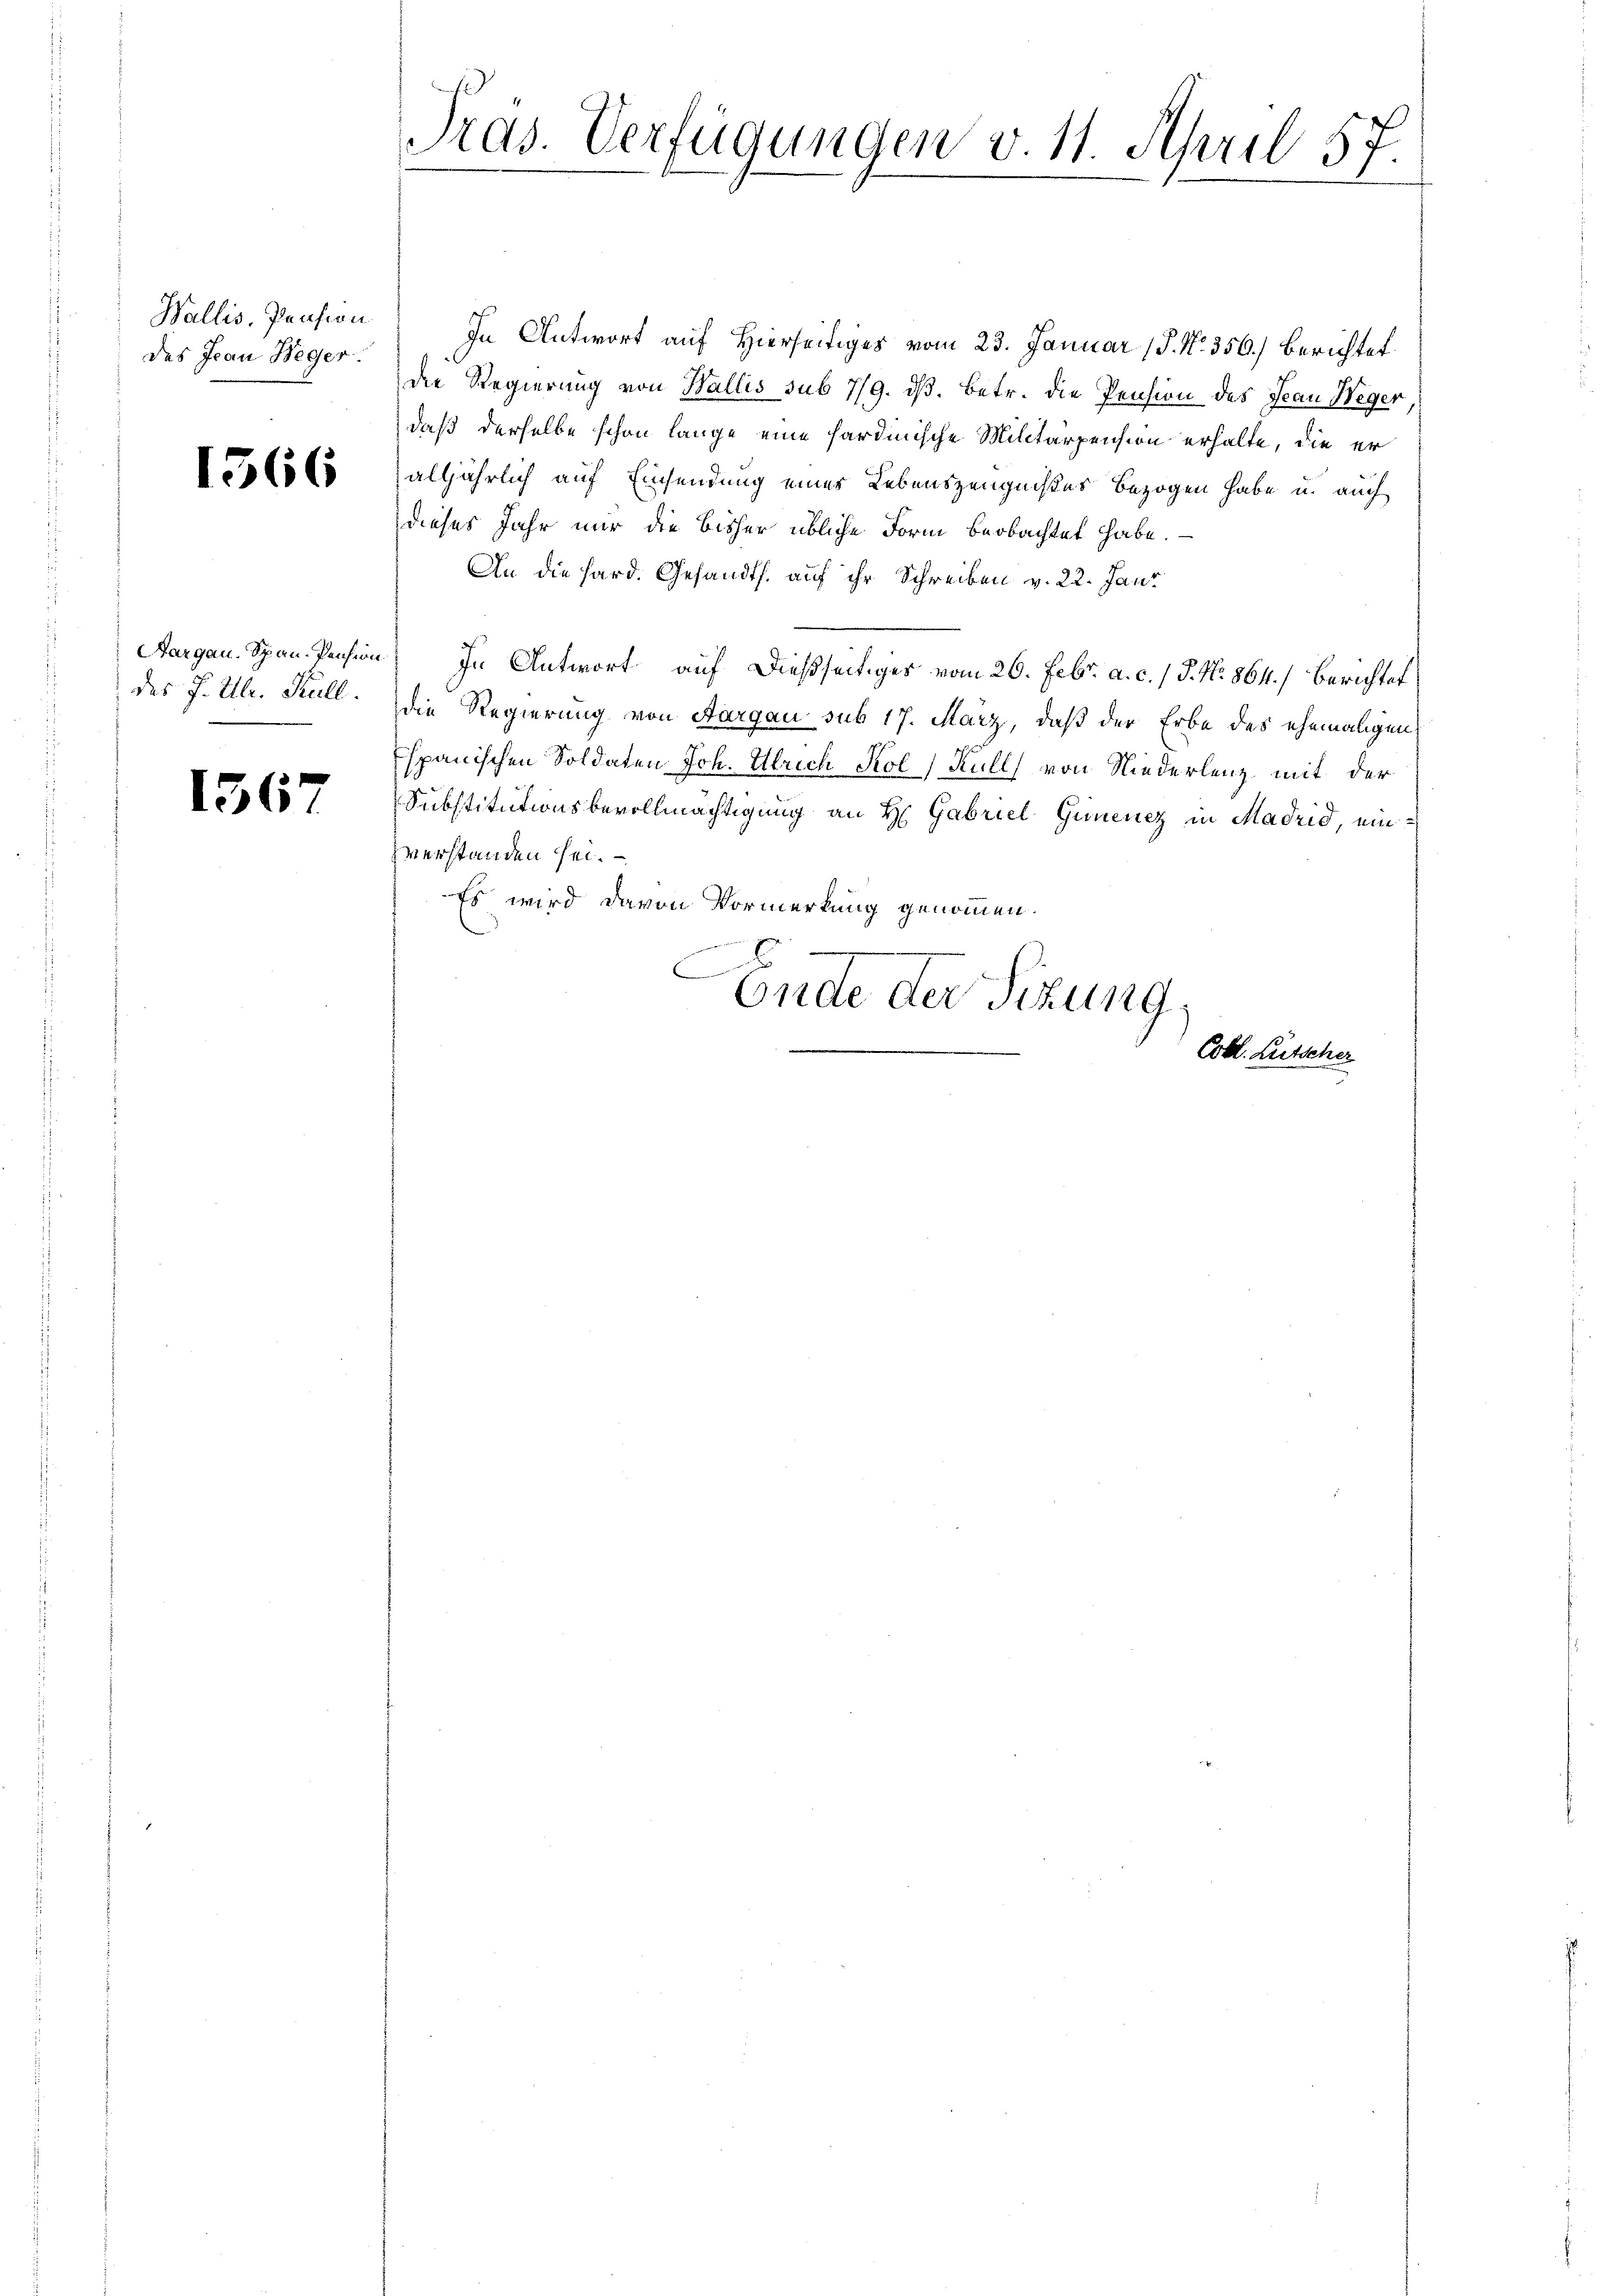
Wallis, Pension
des Jean Weger.

1566

Aargau. Span Pension
des J. Ulr. Kall.

1567

Pras. Verfügungen v. 11. April 57.

In Antwort auf Hierseitiges vom 23. Januar (P. Nr. 356.) Berichtet
die Regierung von Wallis sub 7/9. dß. Betr. die Pension des Jean Weger
daß derselbe schon lange eine hardinische Militärpension erhalte, die er
alljährlich auf Einsendung einer Lebenszeugnißes bezogen habe u. auch
dieses Jahr nur die bisher übliche Form beobachtet habe.
An die Hard. Gesandts. auf ihr Schreiben v. 22. Janr
In Antwort auf dießseitiges vom 26. Febr. a. c. / J. No. 864.) Berichtet
die Regierung von Aargau sub 17. März, daß der Erbe des ehemaligen
spanischen Soldaten Joh. Ulrich Kol) Kull) von Niederlenz mit der
Substitutionsbevollmächtigung an H: Gabriel Gunenez in Madrid, einverstanden sei.
Es wird davon Vormerkung genommen.
E
Ende der Sitzung,
Cobl. Lütscher